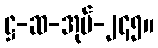
ဋ္ဌ-ဆ-အုပ်-၂၄၅။